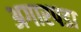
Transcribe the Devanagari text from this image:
अगारपडा